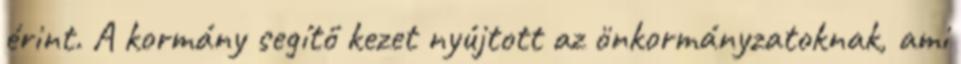
érint. A kormány segítő kezet nyújtott az önkormányzatoknak, ami